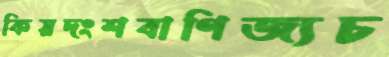
কিয়দংশবাণিজ্যচ